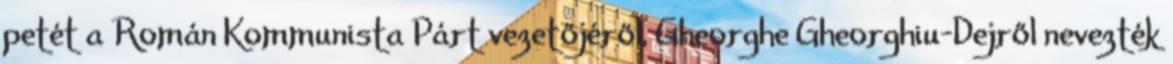
petét a Román Kommunista Párt vezetőjéről, Gheorghe Gheorghiu-Dejről nevezték